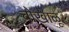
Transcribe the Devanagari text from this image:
चोखाळू